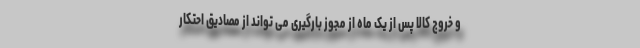
و خروج کالا پس از یک ماه از مجوز بارگیری می تواند از مصادیق احتکار